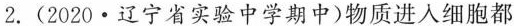
2.(2020·辽宁省实验中学期中)物质进入细胞都